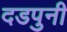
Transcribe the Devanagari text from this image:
दडपुनी